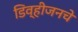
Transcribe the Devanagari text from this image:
डिव्हीजनचे